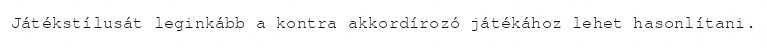
Játékstílusát leginkább a kontra akkordírozó játékához lehet hasonlítani.